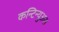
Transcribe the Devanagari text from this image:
कन्टिन्युअस